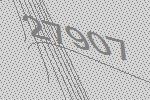
27907